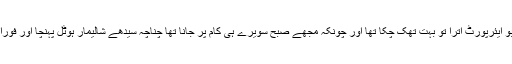
جس رات میں کولمبو ایئرپورٹ اترا تو بہت تھک چکا تھا اور چونکہ مجھے صبح سویرے ہی کام پر جانا تھا چناچہ سیدھے شالیمار ہوٹل پہنچا اور فوراً”گھوڑے بیچ دیے”۔